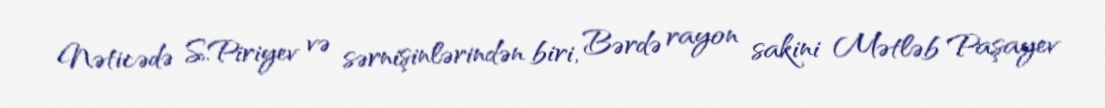
Nəticədə S.Piriyev və sərnişinlərindən biri, Bərdə rayon sakini Mətləb Paşayev